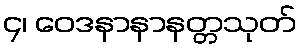
၄၊ ဝေဒနာနာနတ္တသုတ်